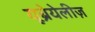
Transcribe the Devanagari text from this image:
यूब्रेयेलीज़